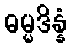
ဓမ္မဒိန္နံ